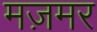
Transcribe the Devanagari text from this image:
मज़मर